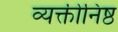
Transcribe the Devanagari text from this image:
व्यक्तीनिष्ठ